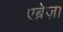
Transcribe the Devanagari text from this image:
एब्रेज़ो